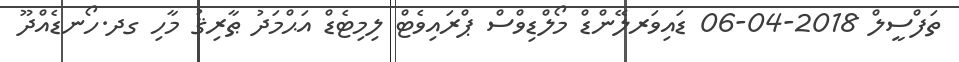
ތަފްސީލް 2018-04-06 ޑައިވަރލޭންޑް މޯލްޑިވްސް ޕްރައިވެޓް ލިމިޓެޑް އަޙްމަދު ޠާރިޤު މާހި ގދ.ހޯނޑެއްދޫ